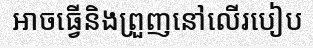
អាចធ្វើនិងព្រួញនៅលើរបៀប